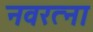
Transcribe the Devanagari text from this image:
नवरत्ना